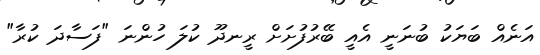
އަނެއް ބަޔަކު ބުނަނީ އެއީ ބޭރުފުށަށް ރީނދޫ ކުލަ ހުންނަ "ފަސާދަ ކުރާ"